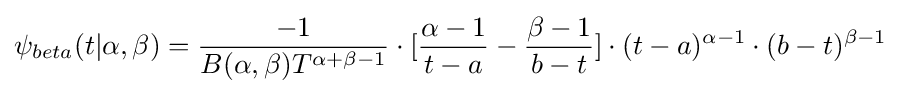
\psi _{beta}(t|\alpha ,\beta )={\frac {-1}{B(\alpha ,\beta )T^{\alpha +\beta -1}}}\cdot [{\frac {\alpha -1}{t-a}}-{\frac {\beta -1}{b-t}}]\cdot (t-a)^{\alpha -1}\cdot (b-t)^{\beta -1}